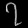
Digit: ၇